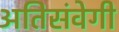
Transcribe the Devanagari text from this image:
अतिसंवेगी